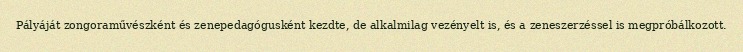
Pályáját zongoraművészként és zenepedagógusként kezdte, de alkalmilag vezényelt is, és a zeneszerzéssel is megpróbálkozott.